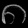
Digit: ၈